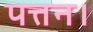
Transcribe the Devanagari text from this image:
पत्तन।